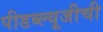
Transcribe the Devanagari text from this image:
पीडब्ल्यूजीची